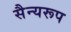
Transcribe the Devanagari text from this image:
सैन्यरूप